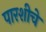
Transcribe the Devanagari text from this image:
पारशीचे